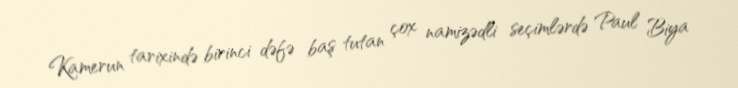
Kamerun tarixində birinci dəfə baş tutan çox namizədli seçimlərdə Paul Biya